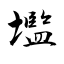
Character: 壏